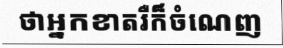
ថាអ្នកខាតរឺក៏ចំណេញ